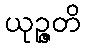
ယုဉ္ဇတိ